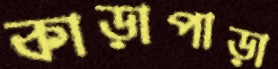
কাড়াপাড়া